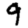
Digit: 9